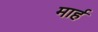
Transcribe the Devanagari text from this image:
मार्ह